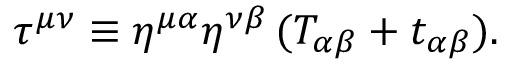
\tau ^ { \mu \nu } \equiv \eta ^ { \mu \alpha } \eta ^ { \nu \beta } \, ( T _ { \alpha \beta } + t _ { \alpha \beta } ) .